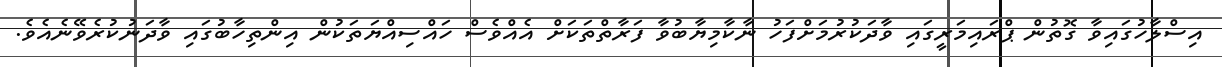
އިސްލާހުގައިވާ ގޮތުން ޕްރައިމަރީގައި ވާދަކުރުމަށްފަހު ނާކާމިޔާބުވާ ފަރާތްތަކަށް އެއްވެސް ހައްސިއްޔަތަކުން އިންތިހާބުގައި ވާދަނުކުރެވޭނެއެވެ.